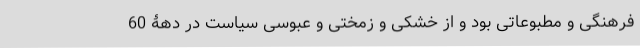
فرهنگی و مطبوعاتی بود و از خشکی و زُمُختی و عبوسیِ سیاست در دهۀ 60